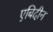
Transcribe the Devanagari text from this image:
एबिदीन